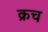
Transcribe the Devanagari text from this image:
क्रच